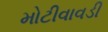
મોટીવાવડી